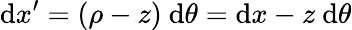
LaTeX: \mathrm{d}x^{\prime}=(\rho-z)~\mathrm{d}\theta=\mathrm{d}x-z~\mathrm{d}\theta